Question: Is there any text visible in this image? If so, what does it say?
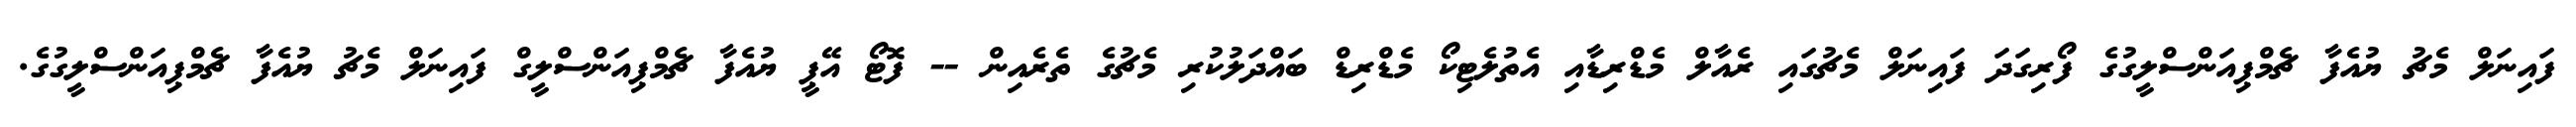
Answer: ފައިނަލް މެޗު ޔުއެފާ ޗެމްޕިއަންސްލީގުގެ ފޯރިގަދަ ފައިނަލް މެޗުގައި ރެއާލް މެޑްރިޑާއި އެތުލެޓިކޯ މެޑްރިޑް ބައްދަލުކުރި މެޗުގެ ތެރެއިން -- ފޮޓޯ އޭޕީ ޔުއެފާ ޗެމްޕިއަންސްލީގް ފައިނަލް މެޗު ޔުއެފާ ޗެމްޕިއަންސްލީގުގެ.